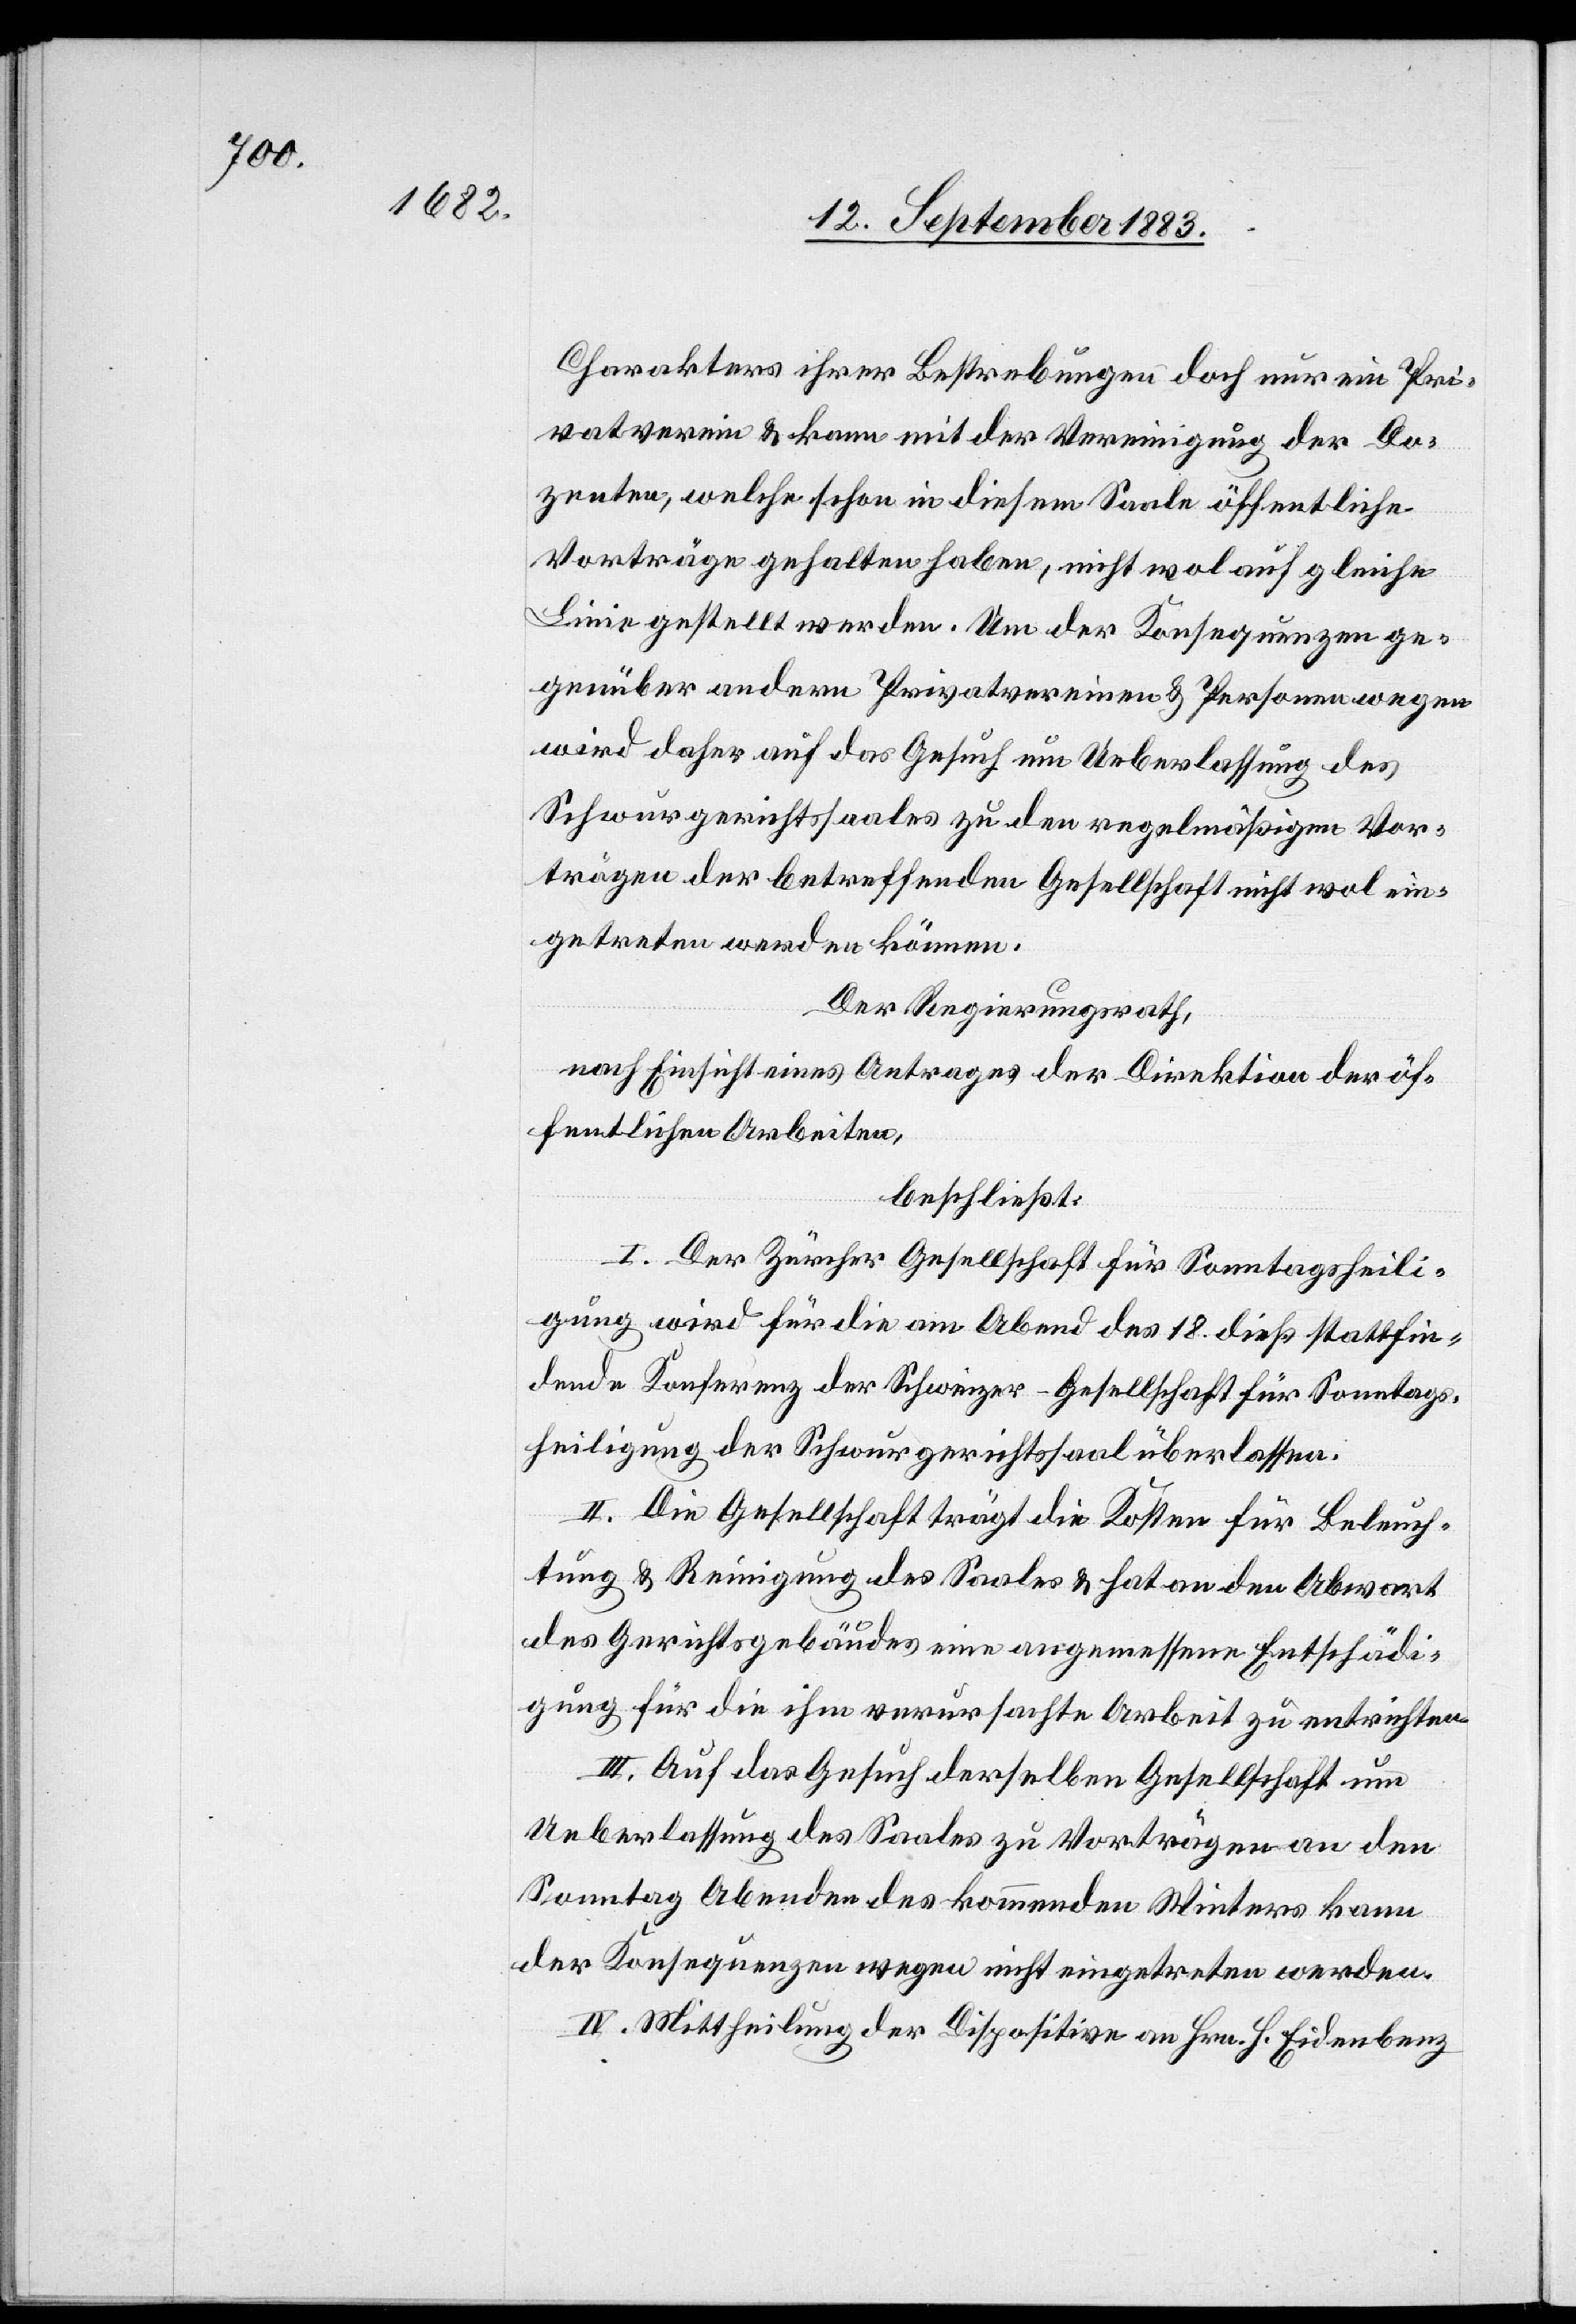
Charakters ihrer Bestrebungen doch nur ein Pri¬
vatverein & kann mit der Vereinigung der Do¬
zenten, welche schon in diesem Saale öffentliche
Vorträge gehalten habe, nicht wol auf gleiche
Linie gestellt werden. Um der Konsequenzen ge¬
genüber andern Privatvereinen & Personen wegen
wird daher auf das Gesuch um Ueberlassung des
Schwurgerichtssaales zu den regelmäßigen Vor¬
trägen der betreffenden Gesellschaft nicht wol ein¬
getreten werden können.
Der Regierungsrath,
nach Einsicht eines Antrages der Direktion der öf¬
fentlichen Arbeiten,
beschließt:
I. Der Zürcher Gesellschaft für Sonntagsheili¬
gung wird für die am Abend des 18. dieß stattfin¬
dende Konferenz der Schweizer-Gesellschaft für Sonntags¬
heiligung der Schwurgerichtssaal überlassen.
II. Die Gesellschaft trägt die Kosten für Beleuch¬
tung & Reinigung des Saales & hat an den Abwart
des Gerichtsgebäudes eine angemessene Entschädi¬
gung für die ihm verursachte Arbeit zu entrichten.
III. Auf das Gesuch derselben Gesellschaft im
Ueberlassung des Saales zu Vorträgen an den
Sonntag Abenden des kommenden Winters kann
der Konsequenzen wegen nicht eingetreten werden.
IV. Mittheilung der Dispositive an Hrn. H. Eidenbenz